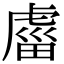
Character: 𧇄